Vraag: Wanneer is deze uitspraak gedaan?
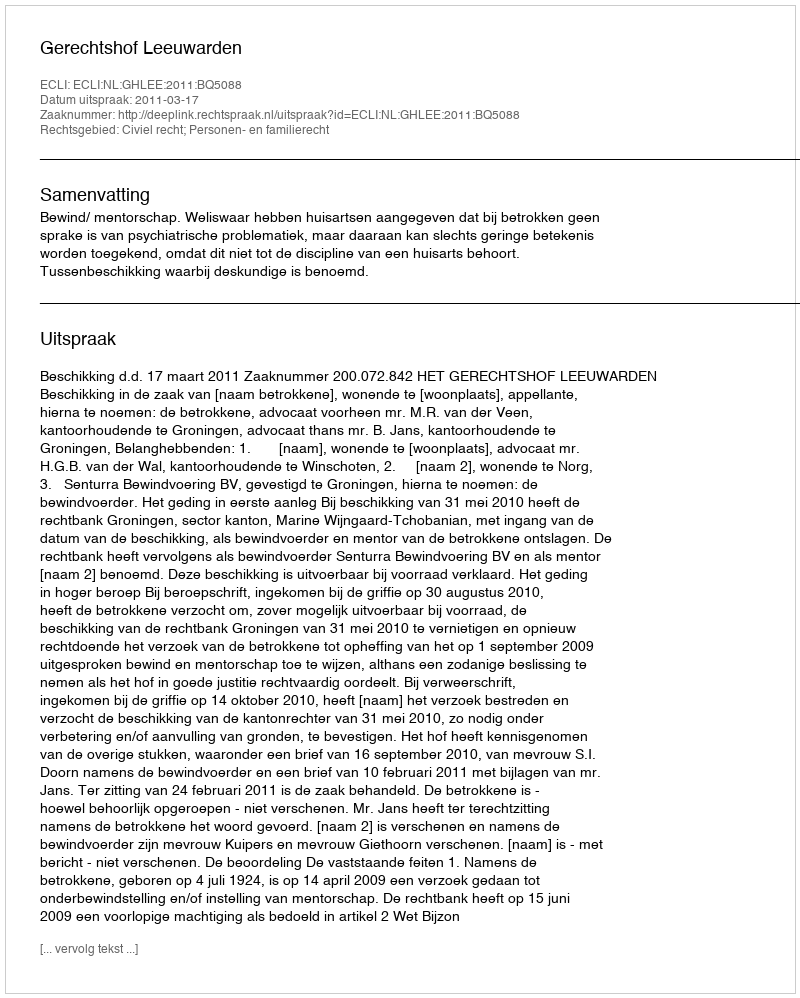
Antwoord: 2011-03-17